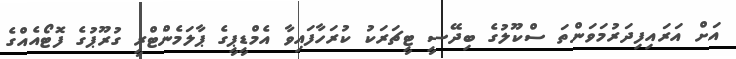
އަށް އަރައިފިދަރުމަވަންތަ ސްކޫލުގެ ބިދޭސީ ޓީޗަރަކު ކުރަހާފައިވާ އެމްޑީޕީގެ ޕާލަމެންޓްރީ ގުރޫޕުގެ ފޮޓޯއެއްގެ